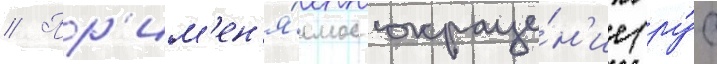
// Пр'им'ен'я́емое сокраще́н'ие (ру́с